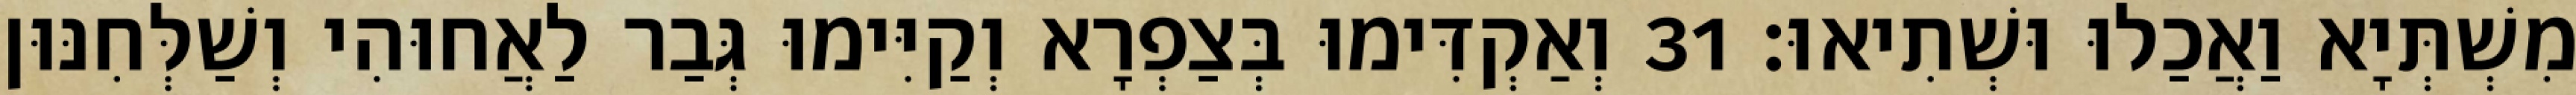
מִשְׁתְּיָא וַאֲכַלוּ וּשְׁתִיאוּ׃ 31 וְאַקְדִּימוּ בְּצַפְרָא וְקַיִּימוּ גְּבַר לַאֲחוּהִי וְשַׁלְּחִנּוּן